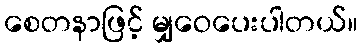
စေတနာဖြင့် မျှဝေပေးပါတယ်။